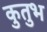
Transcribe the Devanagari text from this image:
कुतुभ